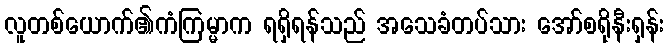
လူတစ်ယောက်၏ကံကြမ္မာက ရရှိရန်သည် အသေခံတပ်သား အော်စရိုနီးရှန်း